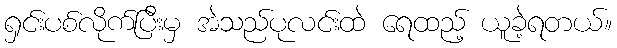
ရှင်းပစ်လိုက်ပြီးမှ အဲသည်ပုလင်းထဲ ရေထည့် ယူခဲ့ရတယ်။